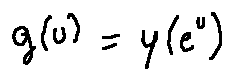
g ( u ) = y ( e ^ { u } )